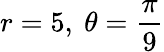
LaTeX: r=5,\ \theta={\frac{\pi}{9}}